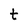
Character: t